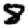
Digit: 8